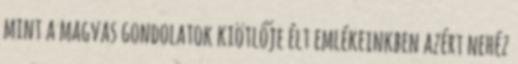
mint a magvas gondolatok kiötlője élt emlékeinkben azért nehéz